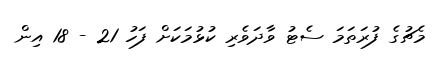
މެޗުގެ ފުރަތަމަ ސެޓު ވާދަވެރި ކުޅުމަކަށް ފަހު 21 - 18 އިން